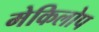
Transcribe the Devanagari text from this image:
मेकिलोप